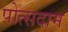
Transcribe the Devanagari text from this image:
पोत्सदाम